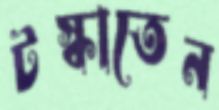
টস্‌কাতেন